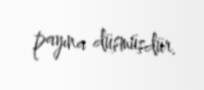
payına düşmüşdür.